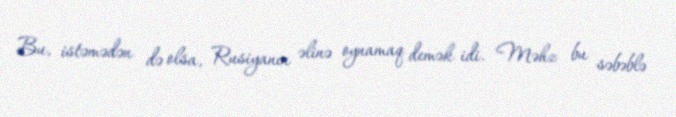
Bu, istəmədən də olsa, Rusiyanın əlinə oynamaq demək idi. Məhz bu səbəblə